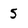
Character: 5